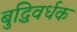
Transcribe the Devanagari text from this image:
बुद्धिवर्धक